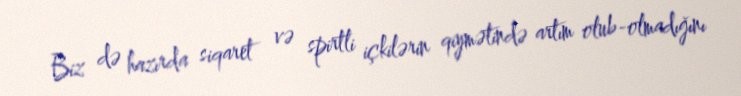
Biz də hazırda siqaret və spirtli içkilərin qiymətində artım olub-olmadığını